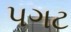
પગટ